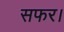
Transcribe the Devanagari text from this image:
सफर।